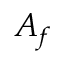
A _ { f }